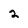
Character: 2